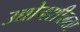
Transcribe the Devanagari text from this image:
उद्योगशीलता